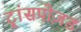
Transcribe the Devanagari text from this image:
ट्रांसपोज़ड